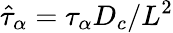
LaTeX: \hat{\tau}_{\alpha}={\tau_{\alpha}D_{c}}/{L^{2}}